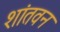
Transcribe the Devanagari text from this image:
शांतवन